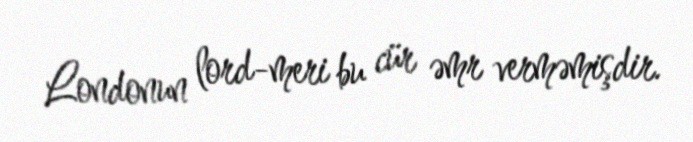
Londonun lord-meri bu cür əmr verməmişdir.